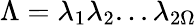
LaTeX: \Lambda=\lambda_{1}\lambda_{2}...\lambda_{2\Omega}